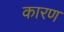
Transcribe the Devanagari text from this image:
कारण